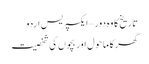
تاریخ کا وہ دور – ایکسپریس اردو
گھر کا ماحول اور بچوں کی شخصیت